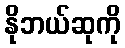
နိုဘယ်ဆုကို